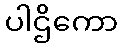
ပါဌိကော